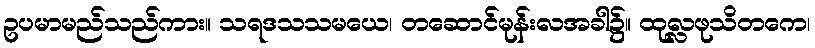
ဥပမာမည်သည်ကား။ သရဒသသမယေ၊ တဆောင်မုန်းလအခါ၌။ ထုလ္လဖုသိတကေ၊